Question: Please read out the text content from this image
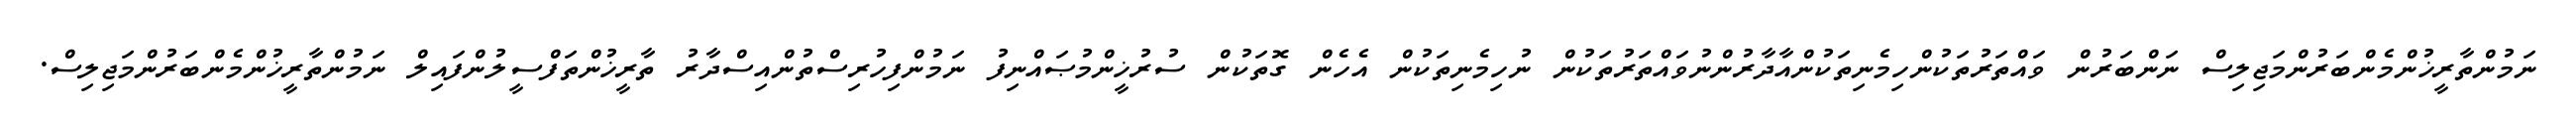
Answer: ނަމުންތާރީޚުންމެންބަރުންމަޖިލިސް ނަންބަރުން ވައްތަރުތަކުންހިމެނިތަކުންއާދާރުންނުވައްތަރުތަކުން ނުހިމެނިތަކުން އެހެން ގޮތަކުން ސުރުޚީންމުޞައްނިފު ނަމުންފިހުރިސްތުންއިސްދާރު ތާރީޚުންތަފްސީލުންފައިލް ނަމުންތާރީޚުންމެންބަރުންމަޖިލިސް.